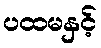
ပထမနှင့်